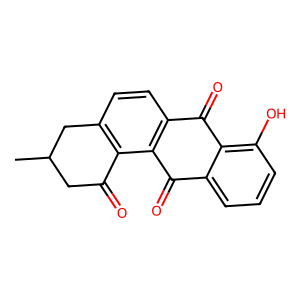
SMILES: CC1CC(=O)c2c(ccc3c2C(=O)c2cccc(O)c2C3=O)C1
Inhibits HIV replication: No